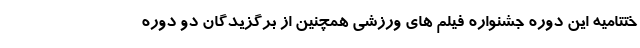
ختتامیه این دوره جشنواره فیلم های ورزشی همچنین از برگزیدگان دو دوره